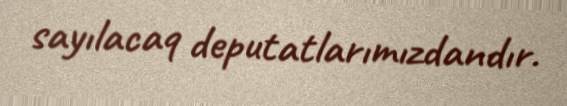
sayılacaq deputatlarımızdandır.